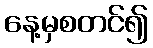
နေ့မှစတင်၍